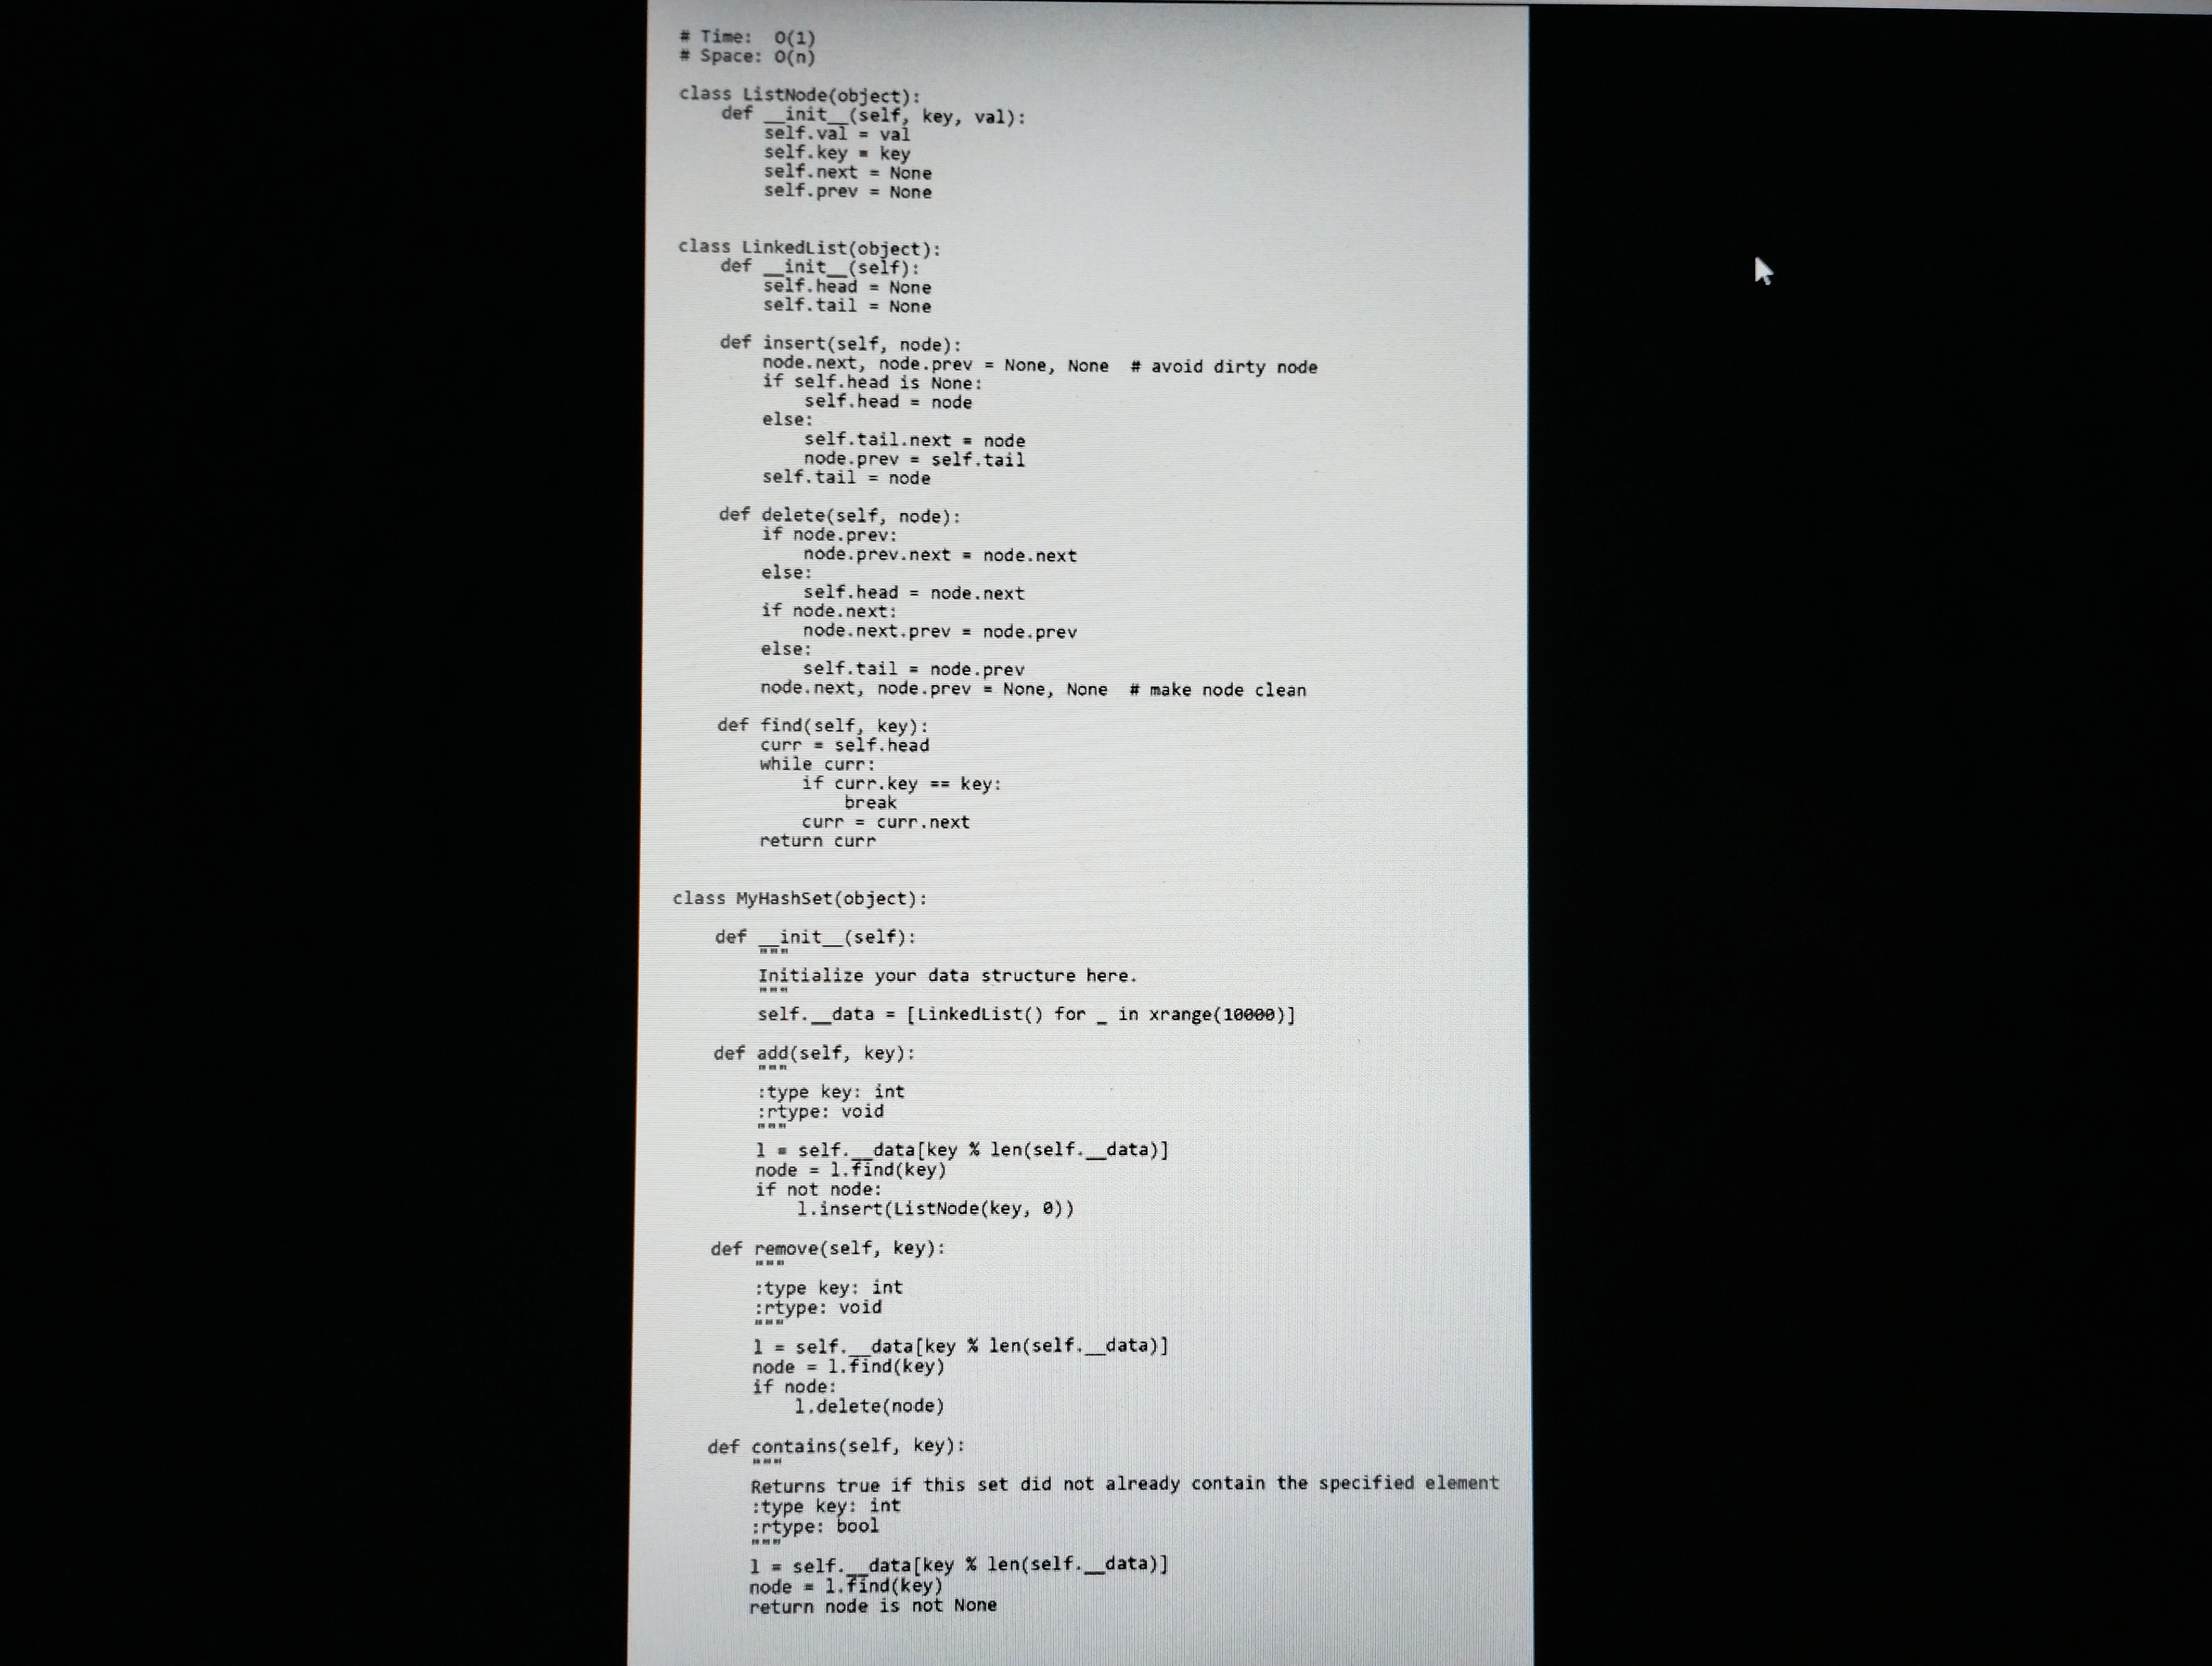
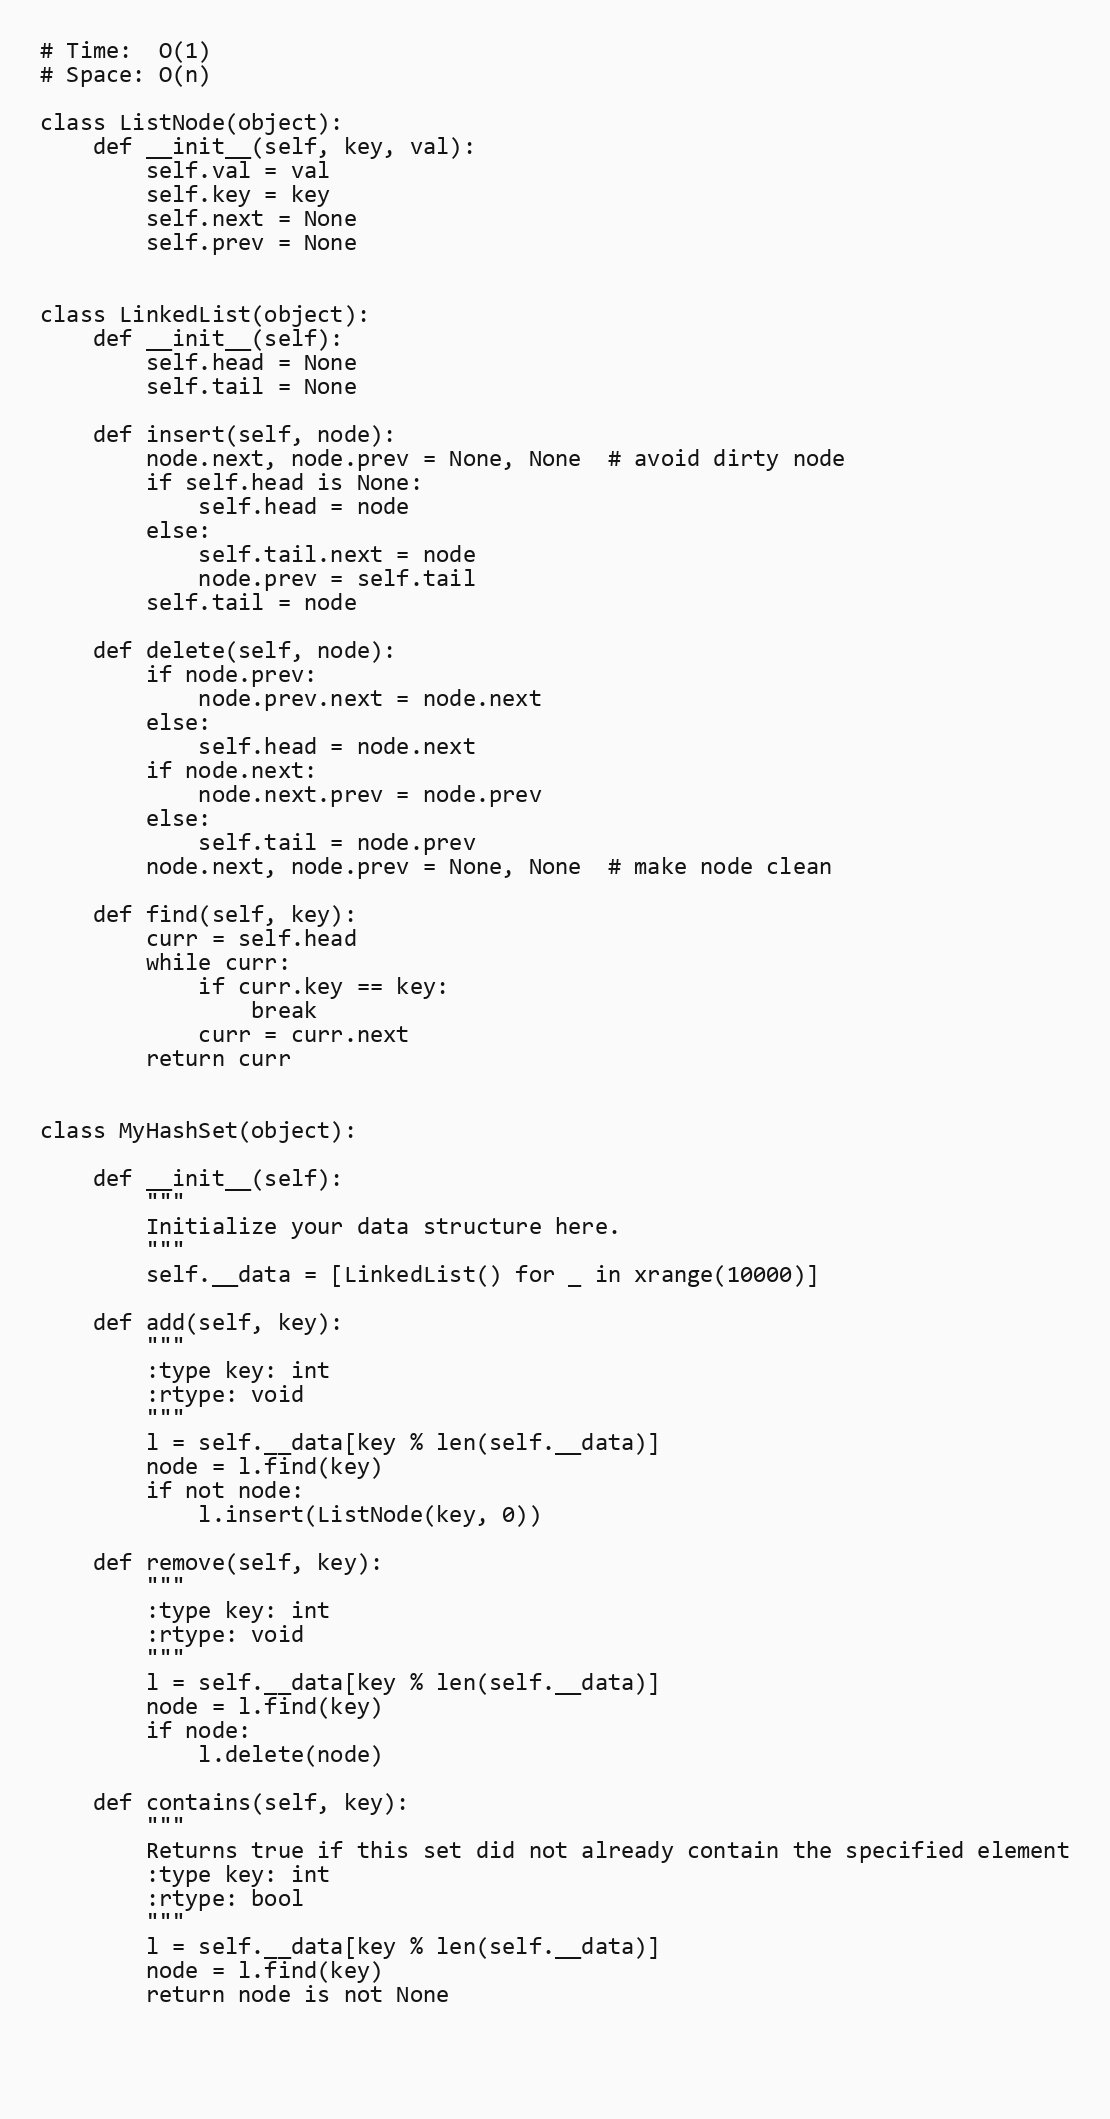
# Time:  O(1)
# Space: O(n)

class ListNode(object):
    def __init__(self, key, val):
        self.val = val
        self.key = key
        self.next = None
        self.prev = None

class LinkedList(object):
    def __init__(self):
        self.head = None
        self.tail = None

    def insert(self, node):
        node.next, node.prev = None, None  # avoid dirty node
        if self.head is None:
            self.head = node
        else:
            self.tail.next = node
            node.prev = self.tail
        self.tail = node

    def delete(self, node):
        if node.prev:
            node.prev.next = node.next
        else:
            self.head = node.next
        if node.next:
            node.next.prev = node.prev
        else:
            self.tail = node.prev
        node.next, node.prev = None, None  # make node clean

    def find(self, key):
        curr = self.head
        while curr:
            if curr.key == key:
                break
            curr = curr.next
        return curr

class MyHashSet(object):

    def __init__(self):
        """
        Initialize your data structure here.
        """
        self.__data = [LinkedList() for _ in xrange(10000)]

    def add(self, key):
        """
        :type key: int
        :rtype: void
        """
        l = self.__data[key % len(self.__data)]
        node = l.find(key)
        if not node:
            l.insert(ListNode(key, 0))

    def remove(self, key):
        """
        :type key: int
        :rtype: void
        """
        l = self.__data[key % len(self.__data)]
        node = l.find(key)
        if node:
            l.delete(node)

    def contains(self, key):
        """
        Returns true if this set did not already contain the specified element
        :type key: int
        :rtype: bool
        """
        l = self.__data[key % len(self.__data)]
        node = l.find(key)
        return node is not None